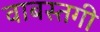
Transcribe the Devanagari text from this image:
वाबस्तगी